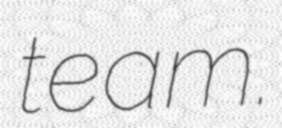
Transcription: team.